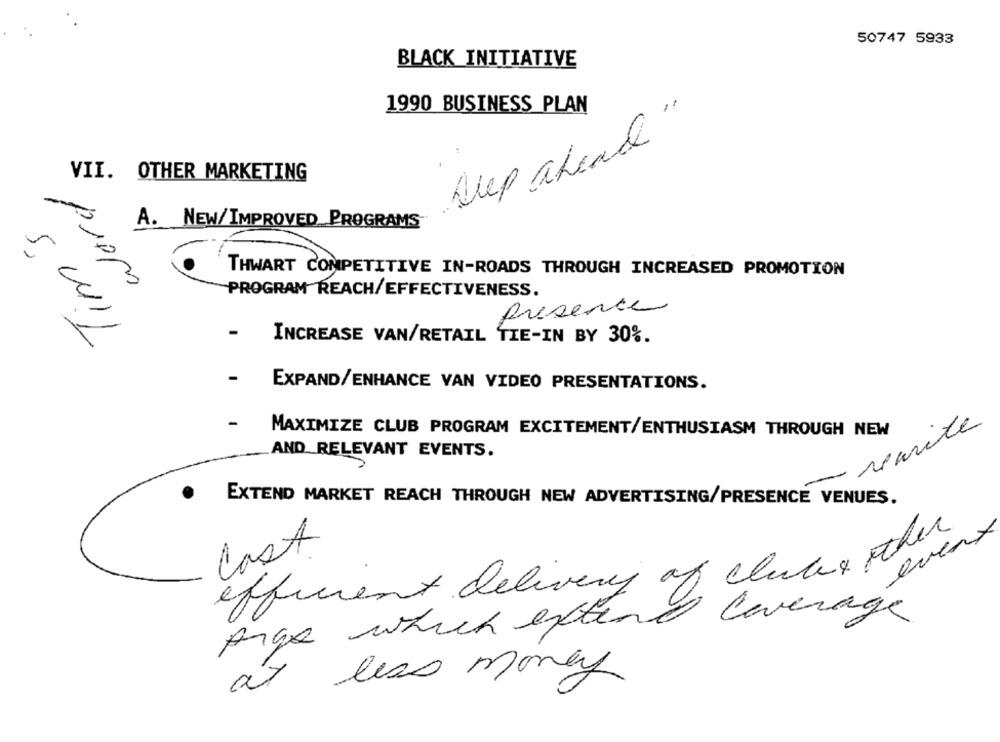
50747 5933
BLACK INITIATIVE
1990 BUSINESS PLAN
Slep ahead"
VII. OTHER MARKETING
Tim's
A. NEW/ IMPROVED PROGRAMS
THWART COMPETITIVE IN-ROADS THROUGH INCREASED PROMOTION
pippo
PROGRAM REACH/EFFECTIVENESS.
presence
INCREASE VAN/RETAIL TIE-IN BY 30%.
-
EXPAND/ENHANCE VAN VIDEO PRESENTATIONS.
varite
MAXIMIZE CLUB PROGRAM EXCITEMENT/ENTHUSIASM THROUGH NEW
AND RELEVANT EVENTS.
EXTEND MARKET REACH THROUGH NEW ADVERTISING/PRESENCE VENUES.
even
Cast
efficient delivery of clubes the
Ange which extend leverage
at less money